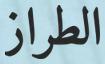
الطراز